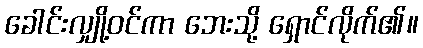
ခေါင်းလျှို့ဝင်ကာ ဘေးသို့ ရှောင်လိုက်၏။